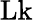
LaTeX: \mathrm{Lk}